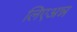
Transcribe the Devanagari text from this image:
लिएअन्न